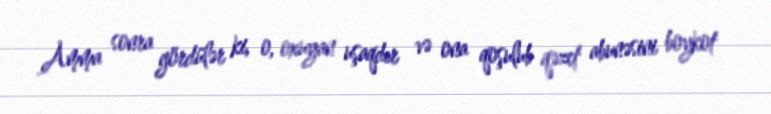
Amma sonra gördülər ki, o, oxuyan uşaqdır və ona qoşulub qəzet abunəsini boykot